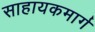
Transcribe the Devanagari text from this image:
साहायकमार्ग